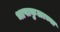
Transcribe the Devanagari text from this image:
भाषाकुळाच्या